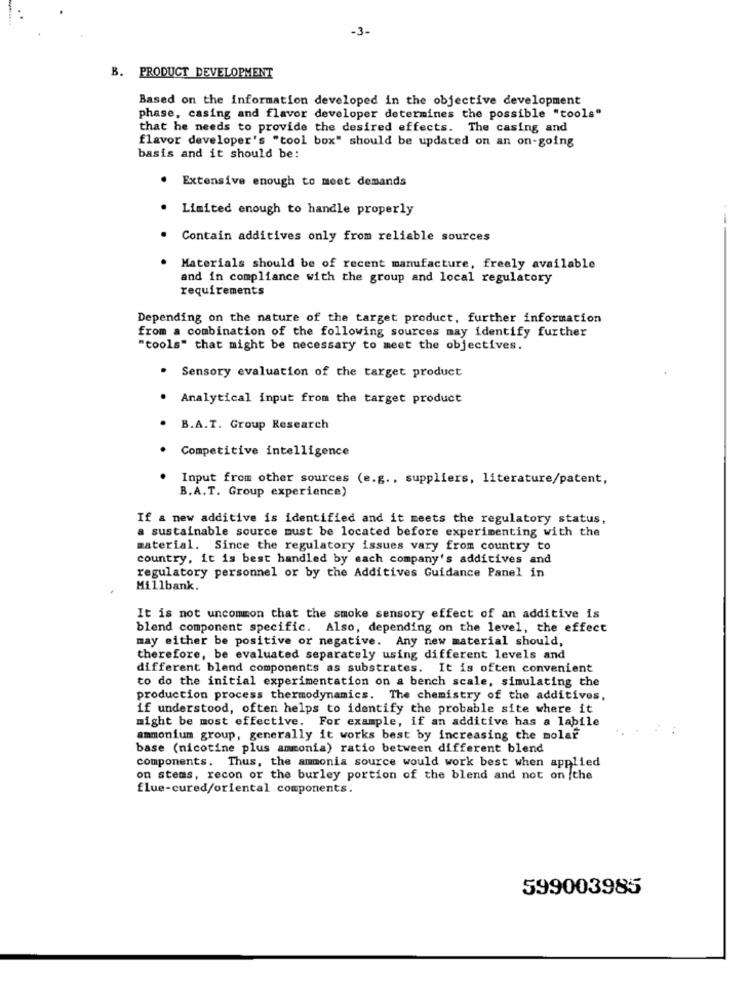
-3-
B. PRODUCT DEVELOPMENT
Based on the information developed in the objective development
phase, casing and flavor developer determines the possible "tools"
that he needs to provide the desired effects. The casing and
flavor developer's "tool box" should be updated on an on-going
basis and it should be:
. Extensive enough to meet demands
Limited enough to handle properly
Contain additives only from reliable sources
---
Materials should be of recent manufacture, freely available
and in compliance with the group and local regulatory
requirements
Depending on the nature of the target product, further information
from a combination of the following sources may identify further
"tools" that might be necessary to meet the objectives.
. Sensory evaluation of the target product
. Analytical input from the target product
B.A.T. Group Research
Competitive intelligence
Input from other sources (e.g ., suppliers, literature/patent,
B.A.T. Group experience)
If a new additive is identified and it meets the regulatory status,
a sustainable source must be located before experimenting with the
material. Since the regulatory issues vary from country to
country, it is best handled by each company's additives and
regulatory personnel or by the Additives Guidance Panel in
Millbank.
It is not uncommon that the smoke sensory effect of an additive is
blend component specific. Also, depending on the level, the effect
may either be positive or negative. Any new material should,
therefore, be evaluated separately using different levels and
different blend components as substrates. It is often convenient
to do the initial experimentation on a bench scale, simulating the
production process thermodynamics. The chemistry of the additives,
if understood, often helps to identify the probable site where it
might be most effective. For example, if an additive has a labile
ammonium group, generally it works best by increasing the molaf
base (nicotine plus ammonia) ratio between different blend
components. Thus, the ammonia source would work best when applied
on stems, recon or the burley portion of the blend and not on the
flue-cured/oriental components.
599003985